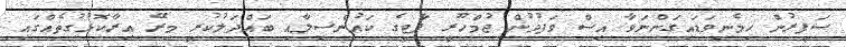
ސަފީރުން ހިމެނިވަޑައިގަންނަވާ އިސް ވަފުދުން ޖުމްހޫރީ ޕާޓީގެ ކައުންސިލާއި ބައްދަލުކުރީ މިރޭ އިރާކޮޅުގުތެއްގައި